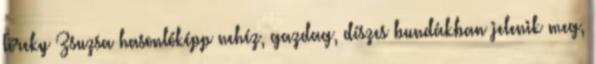
Töreky Zsuzsa hasonlóképp nehéz, gazdag, díszes bundákban jelenik meg,